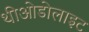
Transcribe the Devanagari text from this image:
थीओडोलाइट